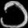
Digit: ၁